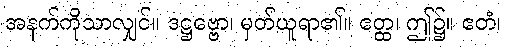
အနက်ကိုသာလျှင်။ ဒဋ္ဌဗ္ဗော၊ မှတ်ယူရာ၏။ ဧတ္ထ၊ ဤ၌။ ဧတံ၊